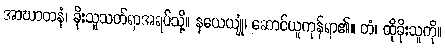
အာဃာတနံ၊ ခိုးသူသတ်ရာအရပ်သို့။ နယေယျုံ၊ ဆောင်ယူကုန်ရာ၏။ တံ၊ ထိုခိုးသူကို။